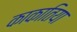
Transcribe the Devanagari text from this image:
काकातिया